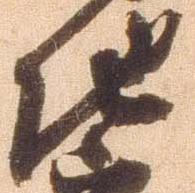
他